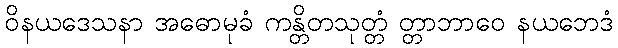
ဝိနယဒေသနာ အဓောမုခံ ကန္တိတသုတ္တံ တ္တာဘာဝေ နယဘေဒံ